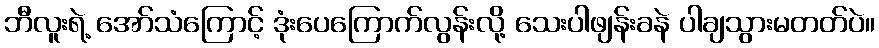
ဘီလူးရဲ့ အော်သံကြောင့် ဒုံးပေကြောက်လွန်းလို့ သေးပါဖျန်းခနဲ ပါချသွားမတတ်ပဲ။